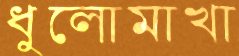
ধুলোমাখা